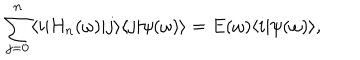
\sum _ { j = 0 } ^ { n } \langle i | H _ { n } ( \omega ) | j \rangle \langle j | \psi ( \omega ) \rangle = E ( \omega ) \langle i | \psi ( \omega ) \rangle ,